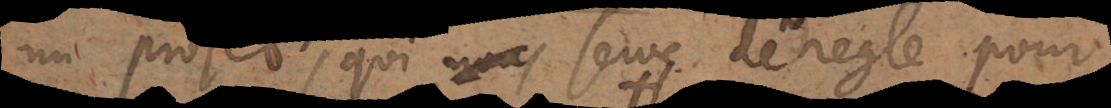
un projet qui serve de regle pour